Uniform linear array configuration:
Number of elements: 16
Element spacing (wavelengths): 0.75
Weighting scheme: uniform
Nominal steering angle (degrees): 45
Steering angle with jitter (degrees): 45.689
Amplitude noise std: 0.05
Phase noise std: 0.05

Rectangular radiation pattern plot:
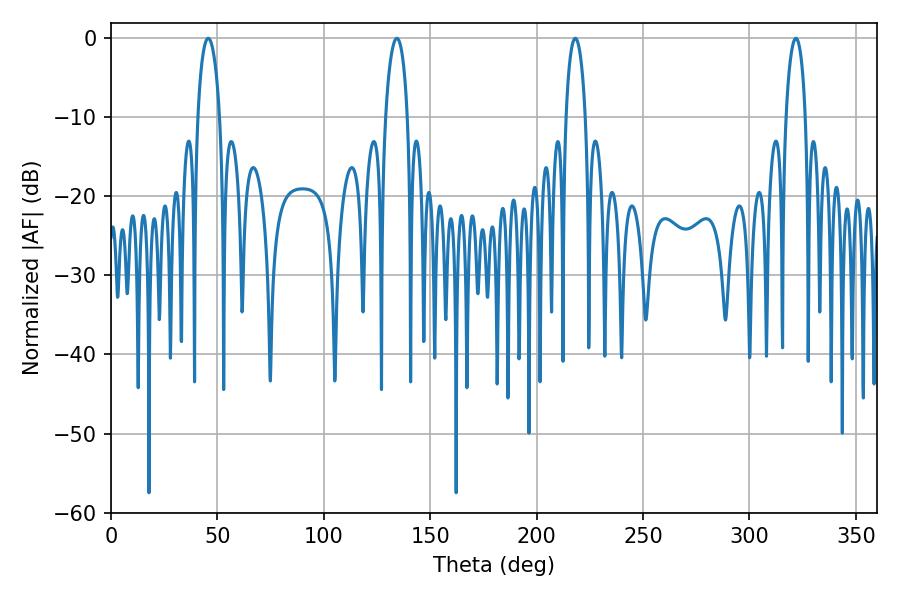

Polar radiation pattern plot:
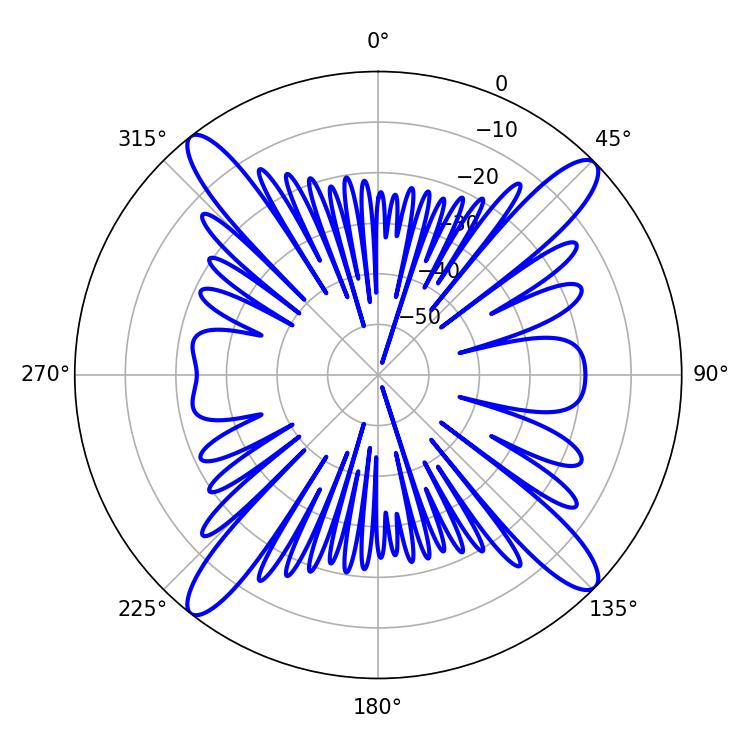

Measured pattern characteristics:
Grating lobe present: TRUE
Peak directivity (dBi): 16.786
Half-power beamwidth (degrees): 5.22
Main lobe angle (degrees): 218.16